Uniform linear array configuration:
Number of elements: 4
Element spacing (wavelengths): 1
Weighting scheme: kaiser
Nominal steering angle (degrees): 60
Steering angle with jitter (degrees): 58.643
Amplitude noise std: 0.05
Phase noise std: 0.05

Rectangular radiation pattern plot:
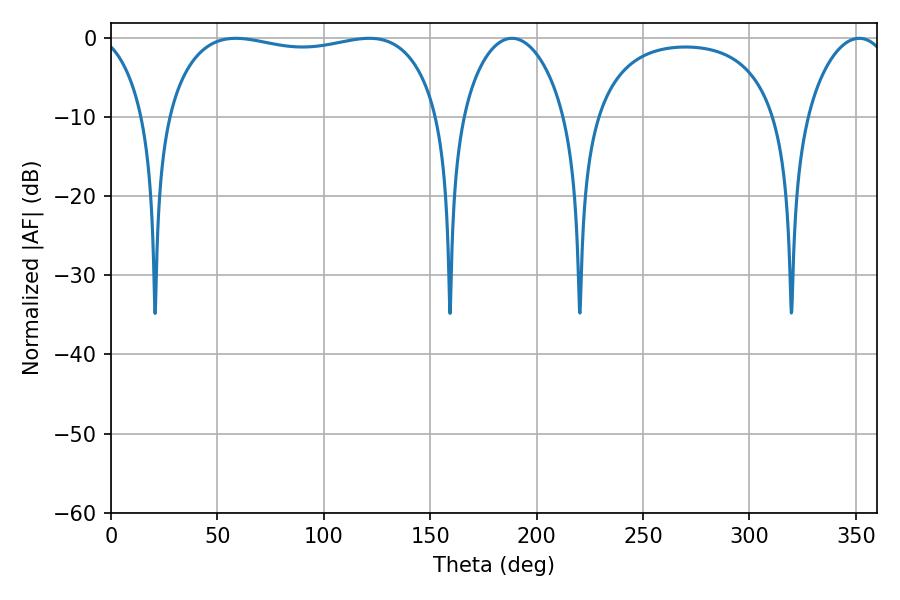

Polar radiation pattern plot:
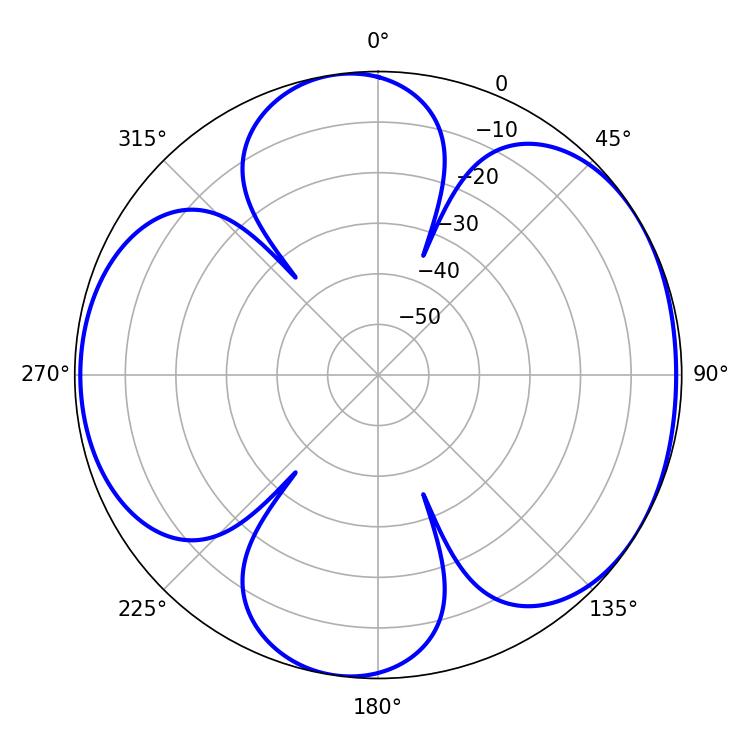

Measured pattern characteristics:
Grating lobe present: TRUE
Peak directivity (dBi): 5.607
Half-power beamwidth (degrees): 103.68
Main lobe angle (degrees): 58.68